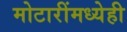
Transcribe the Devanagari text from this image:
मोटारींमध्येही